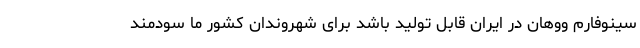
سینوفارم ووهان در ایران قابل تولید باشد برای شهروندان کشور ما سودمند